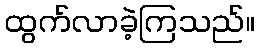
ထွက်လာခဲ့ကြသည်။